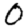
Digit: 0